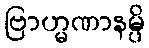
ဗြာဟ္မဏာနမ္ပိ